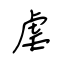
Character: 虐